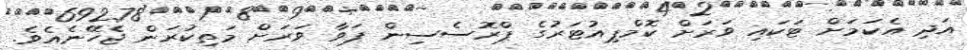
އަދި އެކަމަށް ޓަކައި ވަރަށް ކޮމްޕިއުޓަރުގެ ޕްރޮސެސިން ޕަވާ ވަރަށް މަތިކުރަން ޖެހޭނެއެވެ.